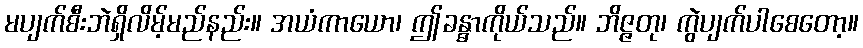
မပျက်စီးဘဲရှိလိမ့်မည်နည်း။ အယံကာယော၊ ဤခန္ဓာကိုယ်သည်။ ဘိဇ္ဇတု၊ ကွဲပျက်ပါစေတော့။